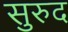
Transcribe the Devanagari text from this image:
सुरुद